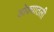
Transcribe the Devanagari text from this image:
डोक्यातली